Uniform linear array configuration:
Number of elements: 4
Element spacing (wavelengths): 0.25
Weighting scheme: hamming
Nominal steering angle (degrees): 15
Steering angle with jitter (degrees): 13.99
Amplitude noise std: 0.05
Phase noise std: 0.05

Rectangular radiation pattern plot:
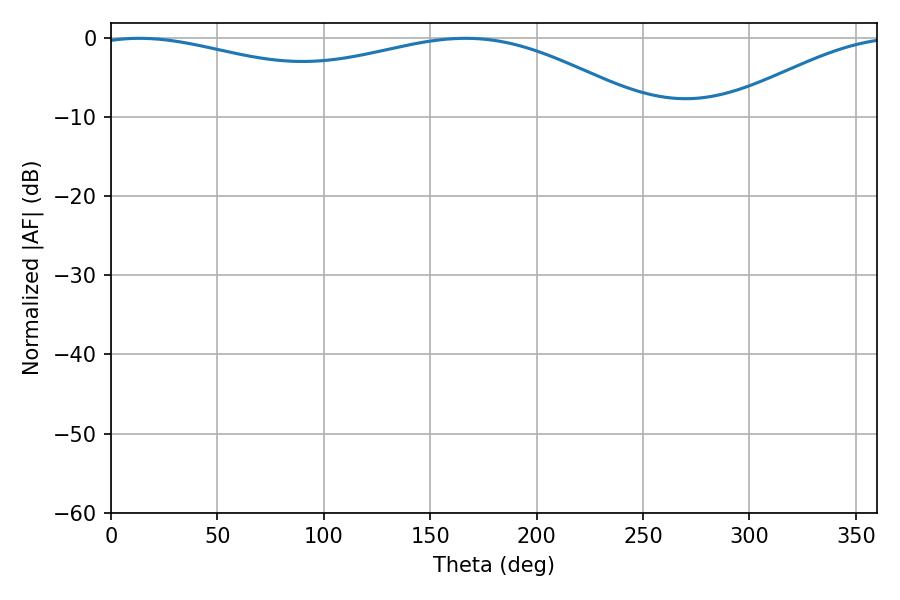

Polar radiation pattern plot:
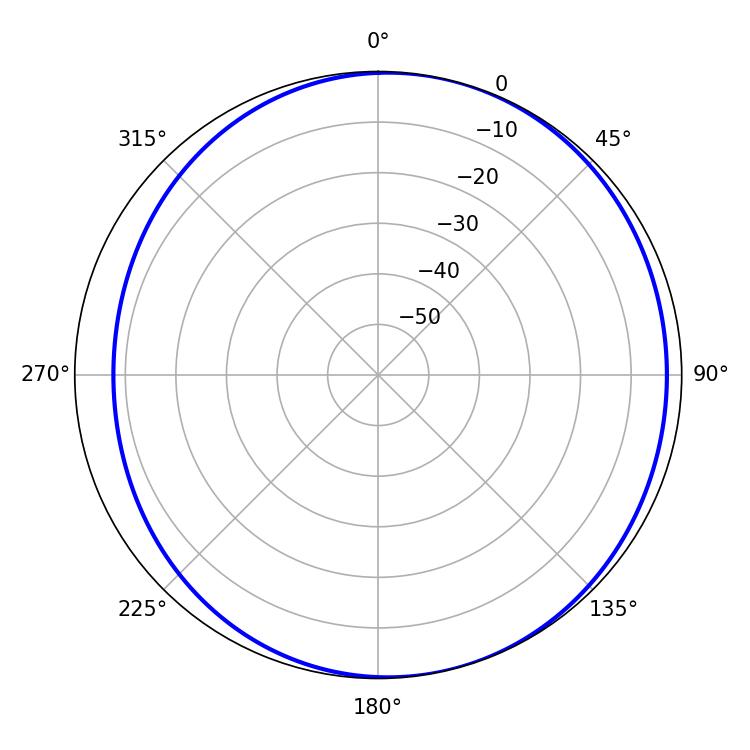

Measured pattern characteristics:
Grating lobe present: FALSE
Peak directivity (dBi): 4.444
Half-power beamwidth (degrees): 213.48
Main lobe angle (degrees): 13.32